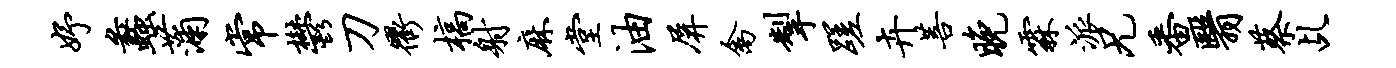
妤蠡蒲常郁刀衢槁射麻堂油屏禽掣蹉卉菩晚霖派兄番翳蔡乩